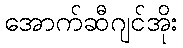
အောက်ဆီဂျင်အိုး